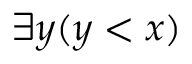
\exists y ( y < x )